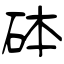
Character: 砵